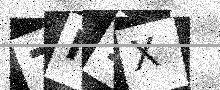
Text: 7I1X